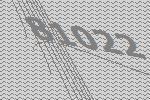
81022